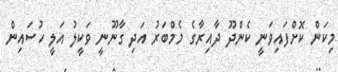
މިކަން ކޮށްފައިވަނީ ކެންދޫ ދާއިރާގެ މެމްބަރު އަދި ގާނޫނީ ވަކީލު އަލީ ހުސައިން